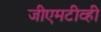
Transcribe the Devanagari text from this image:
जीएमटीव्ही